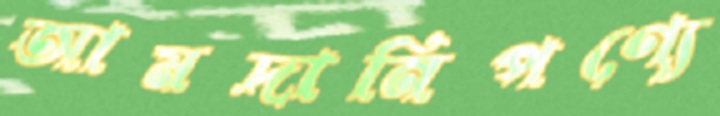
আমদানিপণ্যে